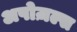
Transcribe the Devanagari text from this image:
अपोज़ल्स